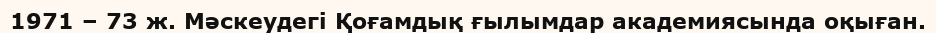
1971 – 73 ж. Мәскеудегі Қоғамдық ғылымдар академиясында оқыған.